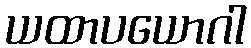
ယထာပယောဂါ